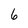
Character: 6